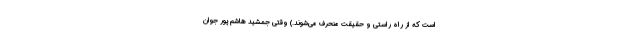
است که از راه راستی و حقیقت منحرف می‌شوند.) وقتی جمشید هاشم پور جوان